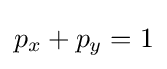
p_{x}+p_{y}=1